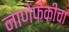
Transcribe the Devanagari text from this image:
नाणेफेकीचा